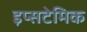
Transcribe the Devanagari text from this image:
इप्सटेमिक